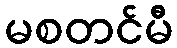
မစတင်မီ